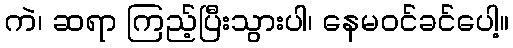
ကဲ၊ ဆရာ ကြည့်ပြီးသွားပါ၊ နေမဝင်ခင်ပေါ့။